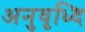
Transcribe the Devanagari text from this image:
अनुवृध्दि